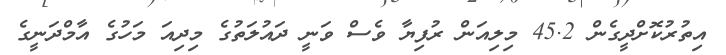
އިތުރުކޮށްދީގެން 45.2 މިލިއަން ރުފިޔާ ވެސް ވަނީ ދައުލަތުގެ މިދިއަ މަހުގެ އާމްދަނީގެ